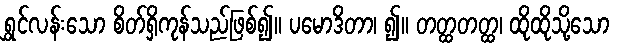
ရွှင်လန်းသော စိတ်ရှိကုန်သည်ဖြစ်၍။ ပမောဒိတာ၊ ၍။ တတ္ထတတ္ထ၊ ထိုထိုသို့သော